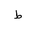
Letter: _da